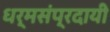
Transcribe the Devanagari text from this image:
धर्मसंप्रदायी